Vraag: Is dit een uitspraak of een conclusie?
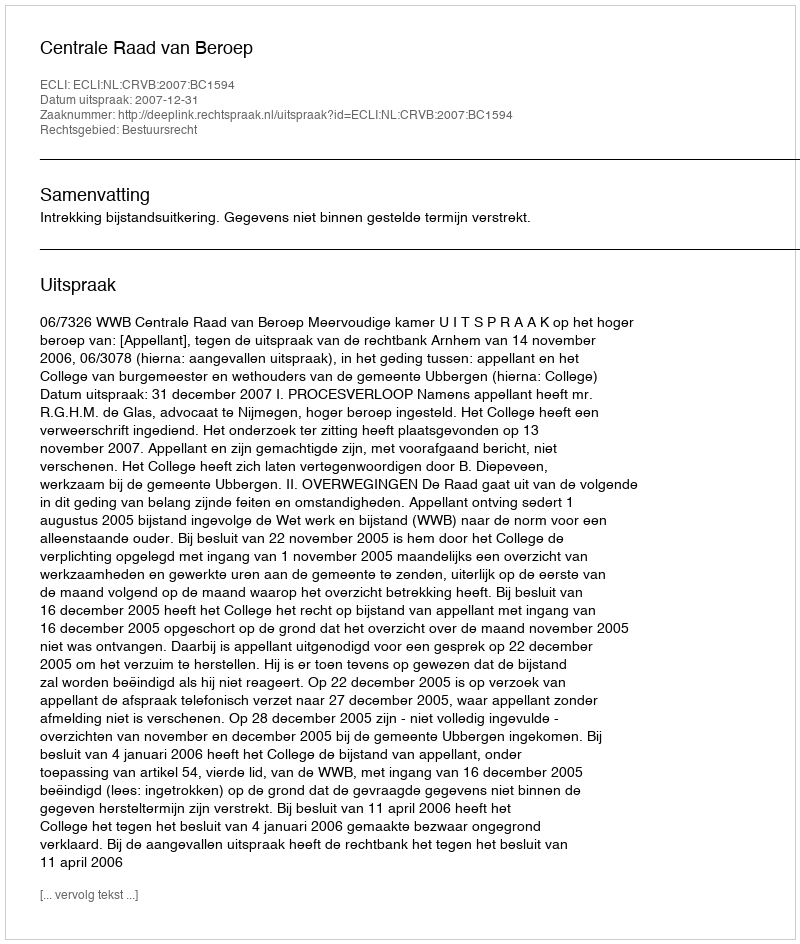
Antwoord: Uitspraak